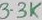
Text: 3.3K